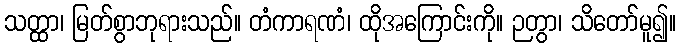
သတ္ထာ၊ မြတ်စွာဘုရားသည်။ တံကာရဏံ၊ ထိုအကြောင်းကို။ ဉတွာ၊ သိတော်မူ၍။